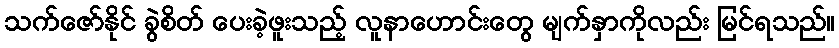
သက်ဇော်နိုင် ခွဲစိတ် ပေးခဲ့ဖူးသည့် လူနာဟောင်းတွေ မျက်နှာကိုလည်း မြင်ရသည်။